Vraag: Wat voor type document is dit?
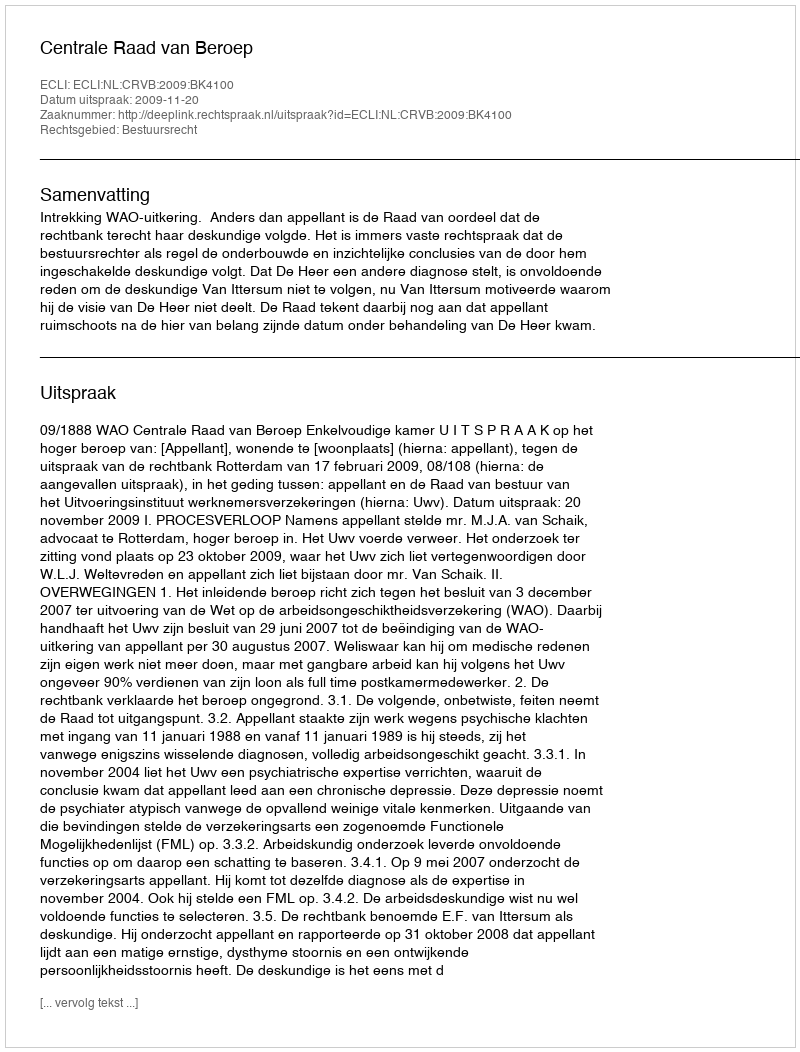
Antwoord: Uitspraak